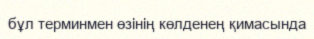
бұл терминмен өзінің көлденең қимасында